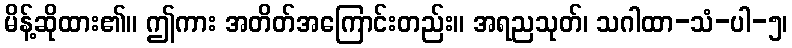
မိန့်ဆိုထား၏။ ဤကား အတိတ်အကြောင်းတည်း။ အရညသုတ်၊ သဂါထာ-သံ-ပါ-၅၊